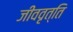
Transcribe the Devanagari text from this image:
जीववृत्ति